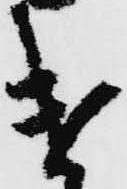
遣